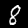
Digit: 8